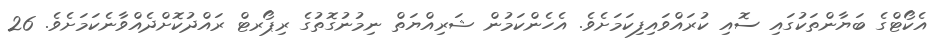
އެކޯޓްގެ ބަޔާންތަކުގައި ސޮއި ކުރައްވައިފިކަމަށެވެ. އެހެންކަމުން ޝަރިއްޔަތް ނިމުނުގޮތުގެ ރިޕޯރޓް ރައްދުކޮށްދެއްވާނެކަމަށެވެ. 26